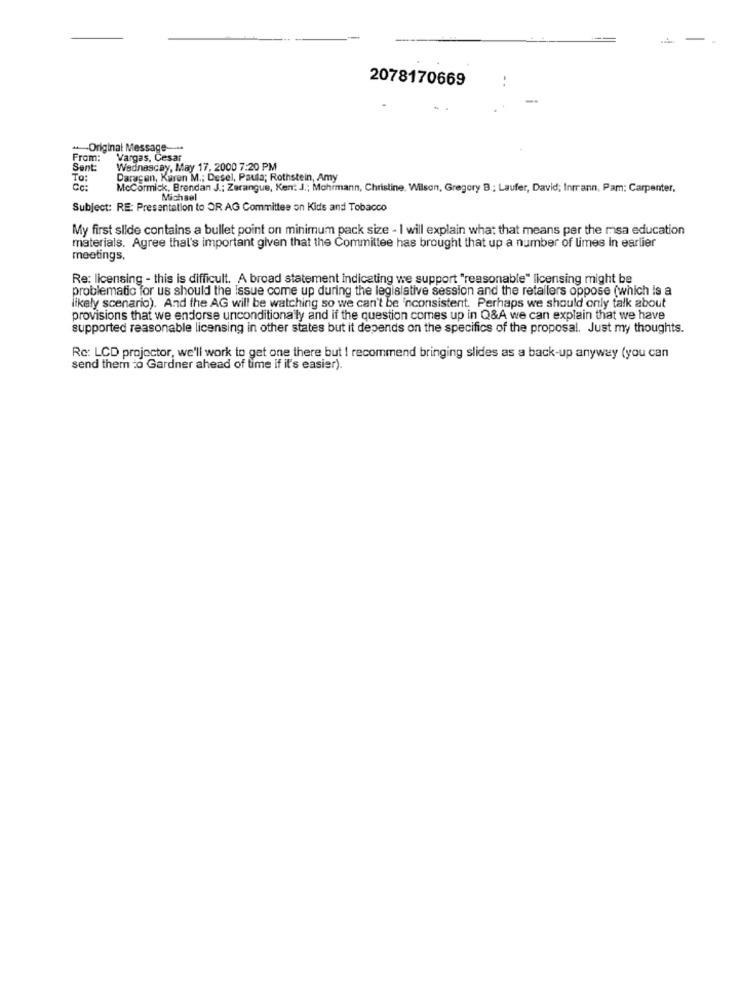
2078170669
++-Original Message-++
From:
Vargas, Cesar
Sent:
Wednesday, May 17, 2000 7:20 PM
To:
Paragan, Karen M .; Desel, Paula; Rothstein, Amy
McCormick, Brendan J .; Zerangue, Ken: J .; Mohrmann, Christine. Wilson, Gregory B; Laufer, David; Inmrann, Pam; Carpenter,
Michael
Subject: RE: Presentation to OR AG Committee on Kids and Tobacco
My first slide contains a bullet point on minimum pack size - I will explain what that means per the msa education
materials. Agree that's important given that the Committee has brought that up a number of limes In earlier
meetings,
Re: licensing - this is difficult. A broad statement indicating we support "reasonable" licensing might be
problematic for us should the Issue come up during the legislative session and the retailers oppose (which is a
likely scenario). And the AG will be watching so we can't be 'nconsistent. Perhaps we should only talk about
provisions that we endorse unconditionally and if the question comes up in Q&A we can explain that we have
supported reasonable licensing in other states but it depends on the specifics of the proposal. Just my thoughts.
Re: LCD projector, we'll work to get one there but I recommend bringing slides as a back-up anyway (you can
send them to Gardner ahead of time if it's easier).